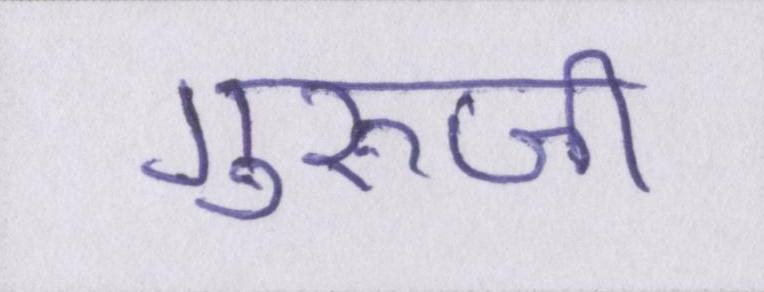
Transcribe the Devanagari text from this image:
गुरूजी